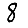
Digit: 8